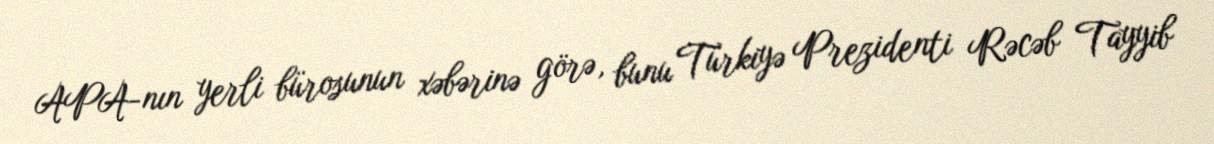
APA-nın yerli bürosunun xəbərinə görə, bunu Türkiyə Prezidenti Rəcəb Tayyib